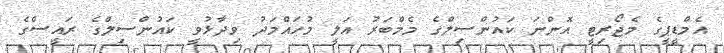
އެމްޑީޕީގެ މެޖޯރިޓީ އޮންނަ ކައުންސިލްގެ މެމްބަރު އަލީ މުހައްމަދު ވިދާޅުވީ ކައުންސިލްގެ ރައީސްގެ